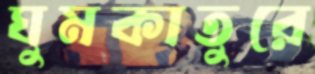
ঘুমকাতুরে